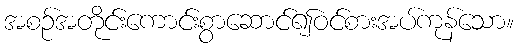
အစဉ်အတိုင်းကောင်းစွာဆောင်၍ဝင်စားအပ်ကုန်သော။